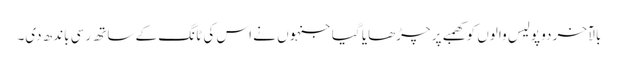
بالآخر دو پولیس والوں کو کھمبے پر چڑھایا گیا جنہوں نے اس کی ٹانگ کے ساتھ رسی باندھ دی۔